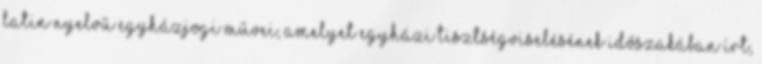
Latin nyelvű egyházjogi művei, amelyet egyházi tisztségviselésének időszakában írt,